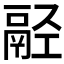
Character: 𩰰